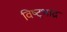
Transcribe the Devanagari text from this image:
विष्ट्भाद्र